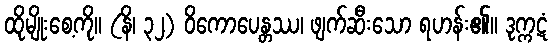
ထိုမျိုးစေ့ကို။ (နိ၊ ၃၂) ဝိကောပေန္တဿ၊ ဖျက်ဆီးသော ရဟန်း၏။ ဒုက္ကဋံ